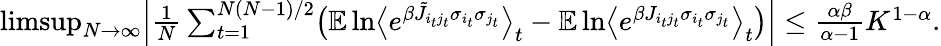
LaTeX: \begin{array}{r}{\operatorname*{limsup}_{N\to\infty}\Bigl|\frac{1}{N}\sum_{t=1}^{N(N-1)/2}\bigl(\mathbb E\ln\bigl\langle e^{\beta\tilde{J}_{i_{t}j_{t}}\sigma_{i_{t}}\sigma_{j_{t}}}\bigr\rangle_{t}-\mathbb E\ln\bigl\langle e^{\beta J_{i_{t}j_{t}}\sigma_{i_{t}}\sigma_{j_{t}}}\bigr\rangle_{t}\bigr)\Bigr|\leq\frac{\alpha\beta}{\alpha-1}K^{1-\alpha}.}\end{array}